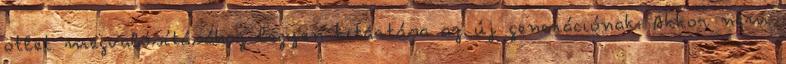
ötlet megvalósításához legyen kitartása az új generációnak. Akkor nem